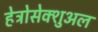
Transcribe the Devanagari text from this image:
हेट्रोसेक्शुअल